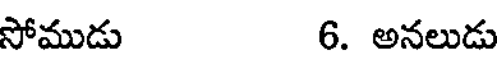
సోముడు 6. అనలుడు